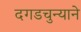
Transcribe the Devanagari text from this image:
दगडचुन्याने